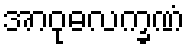
အာဝုဓလက္ခဏံ